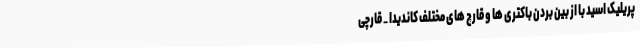
پریلیک اسید با از بین بردن باکتری ها و قارچ های مختلف کاندیدا _ قارچی